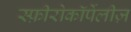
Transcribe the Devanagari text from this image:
स्फ़ीरोकॉर्पेलीज़